Civil Veterinary Department. Madras. Admin. report 1926-33 - 1926-1933
Year: 1926
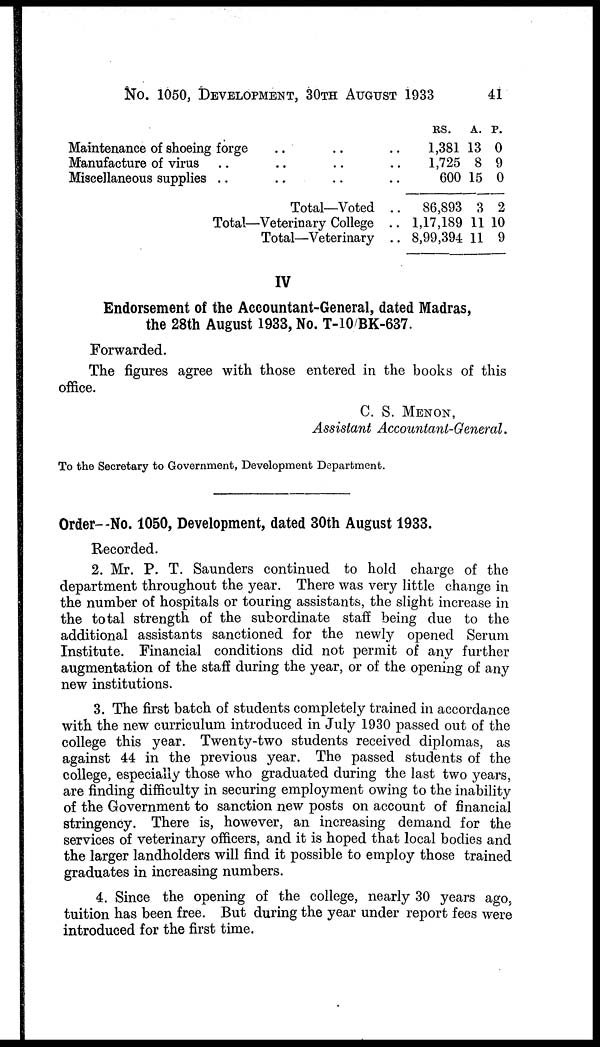
No. 1050, DEVEVLOPMENT, 30TH AUGUST 1933
41
Maintenance of shoeing forge .. .. ..
Manufacture of virus .. .. .. ..
Miscellaneous supplies .. .. .. ..
Total—Voted ..
Total—Veterinary College ..
Total—Veterinary ..
RS.
1,381
1,725
600
86,893
1,17,189
8,99,394
A.
13
8
15
3
11
11
P.
0
9
0
2
10
9
IV
Endorsement of the Accountant-General, dated Madras,
the 28th August 1933, No. T-10/BK-637.
Forwarded.
The figures agree with those entered in the books of this
office.
C. S. MENON,
Assistant Accountant-General.
To the Secretary to Government, Development Department.
Order--No. 1050, Development, dated 30th August 1933.
Recorded.
2. Mr. P. T. Saunders continued to hold charge of the
department throughout the year. There was very little change in
the number of hospitals or touring assistants, the slight increase in
the total strength of the subordinate staff being due to the
additional assistants sanctioned for the newly opened Serum
Institute. Financial conditions did not permit of any further
augmentation of the staff during the year, or of the opening of any
new institutions.
3. The first batch of students completely trained in accordance
with the new curriculum introduced in July 1930 passed out of the
college this year. Twenty-two students received diplomas, as
against 44 in the previous year. The passed students of the
college, especially those who graduated during the last two years,
are finding difficulty in securing employment owing to the inability
of the Government to sanction new posts on account of financial
stringency. There is, however, an increasing demand for the
services of veterinary officers, and it is hoped that local bodies and
the larger landholders will find it possible to employ those trained
graduates in increasing numbers.
4. Since the opening of the college, nearly 30 years ago,
tuition has been free. But during the year under report fees were
introduced for the first time.